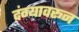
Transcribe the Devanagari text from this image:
दंग्यावरून